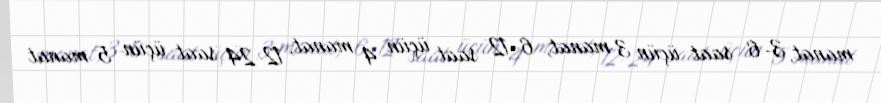
manat, 3-6 saat üçün 3 manat, 6-12 saat üçün 4 manat, 12-24 saat üçün 5 manat